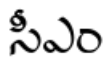
సీఎం